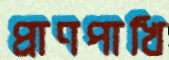
প্রাণপাখি